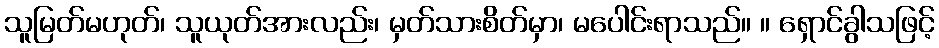
သူမြတ်မဟုတ်၊ သူယုတ်အားလည်း၊ မှတ်သားစိတ်မှာ၊ မပေါင်းရာသည်။ ။ ရှောင်ခွါသဖြင့်